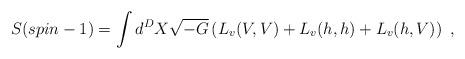
LaTeX: \begin{align*}S(spin-1)= \int d^D X \sqrt{-G}\left(L_v(V,V)+ L_v(h,h)+ L_v(h,V)\right)~,\end{align*}